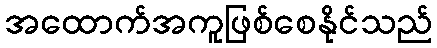
အထောက်အကူဖြစ်စေနိုင်သည်